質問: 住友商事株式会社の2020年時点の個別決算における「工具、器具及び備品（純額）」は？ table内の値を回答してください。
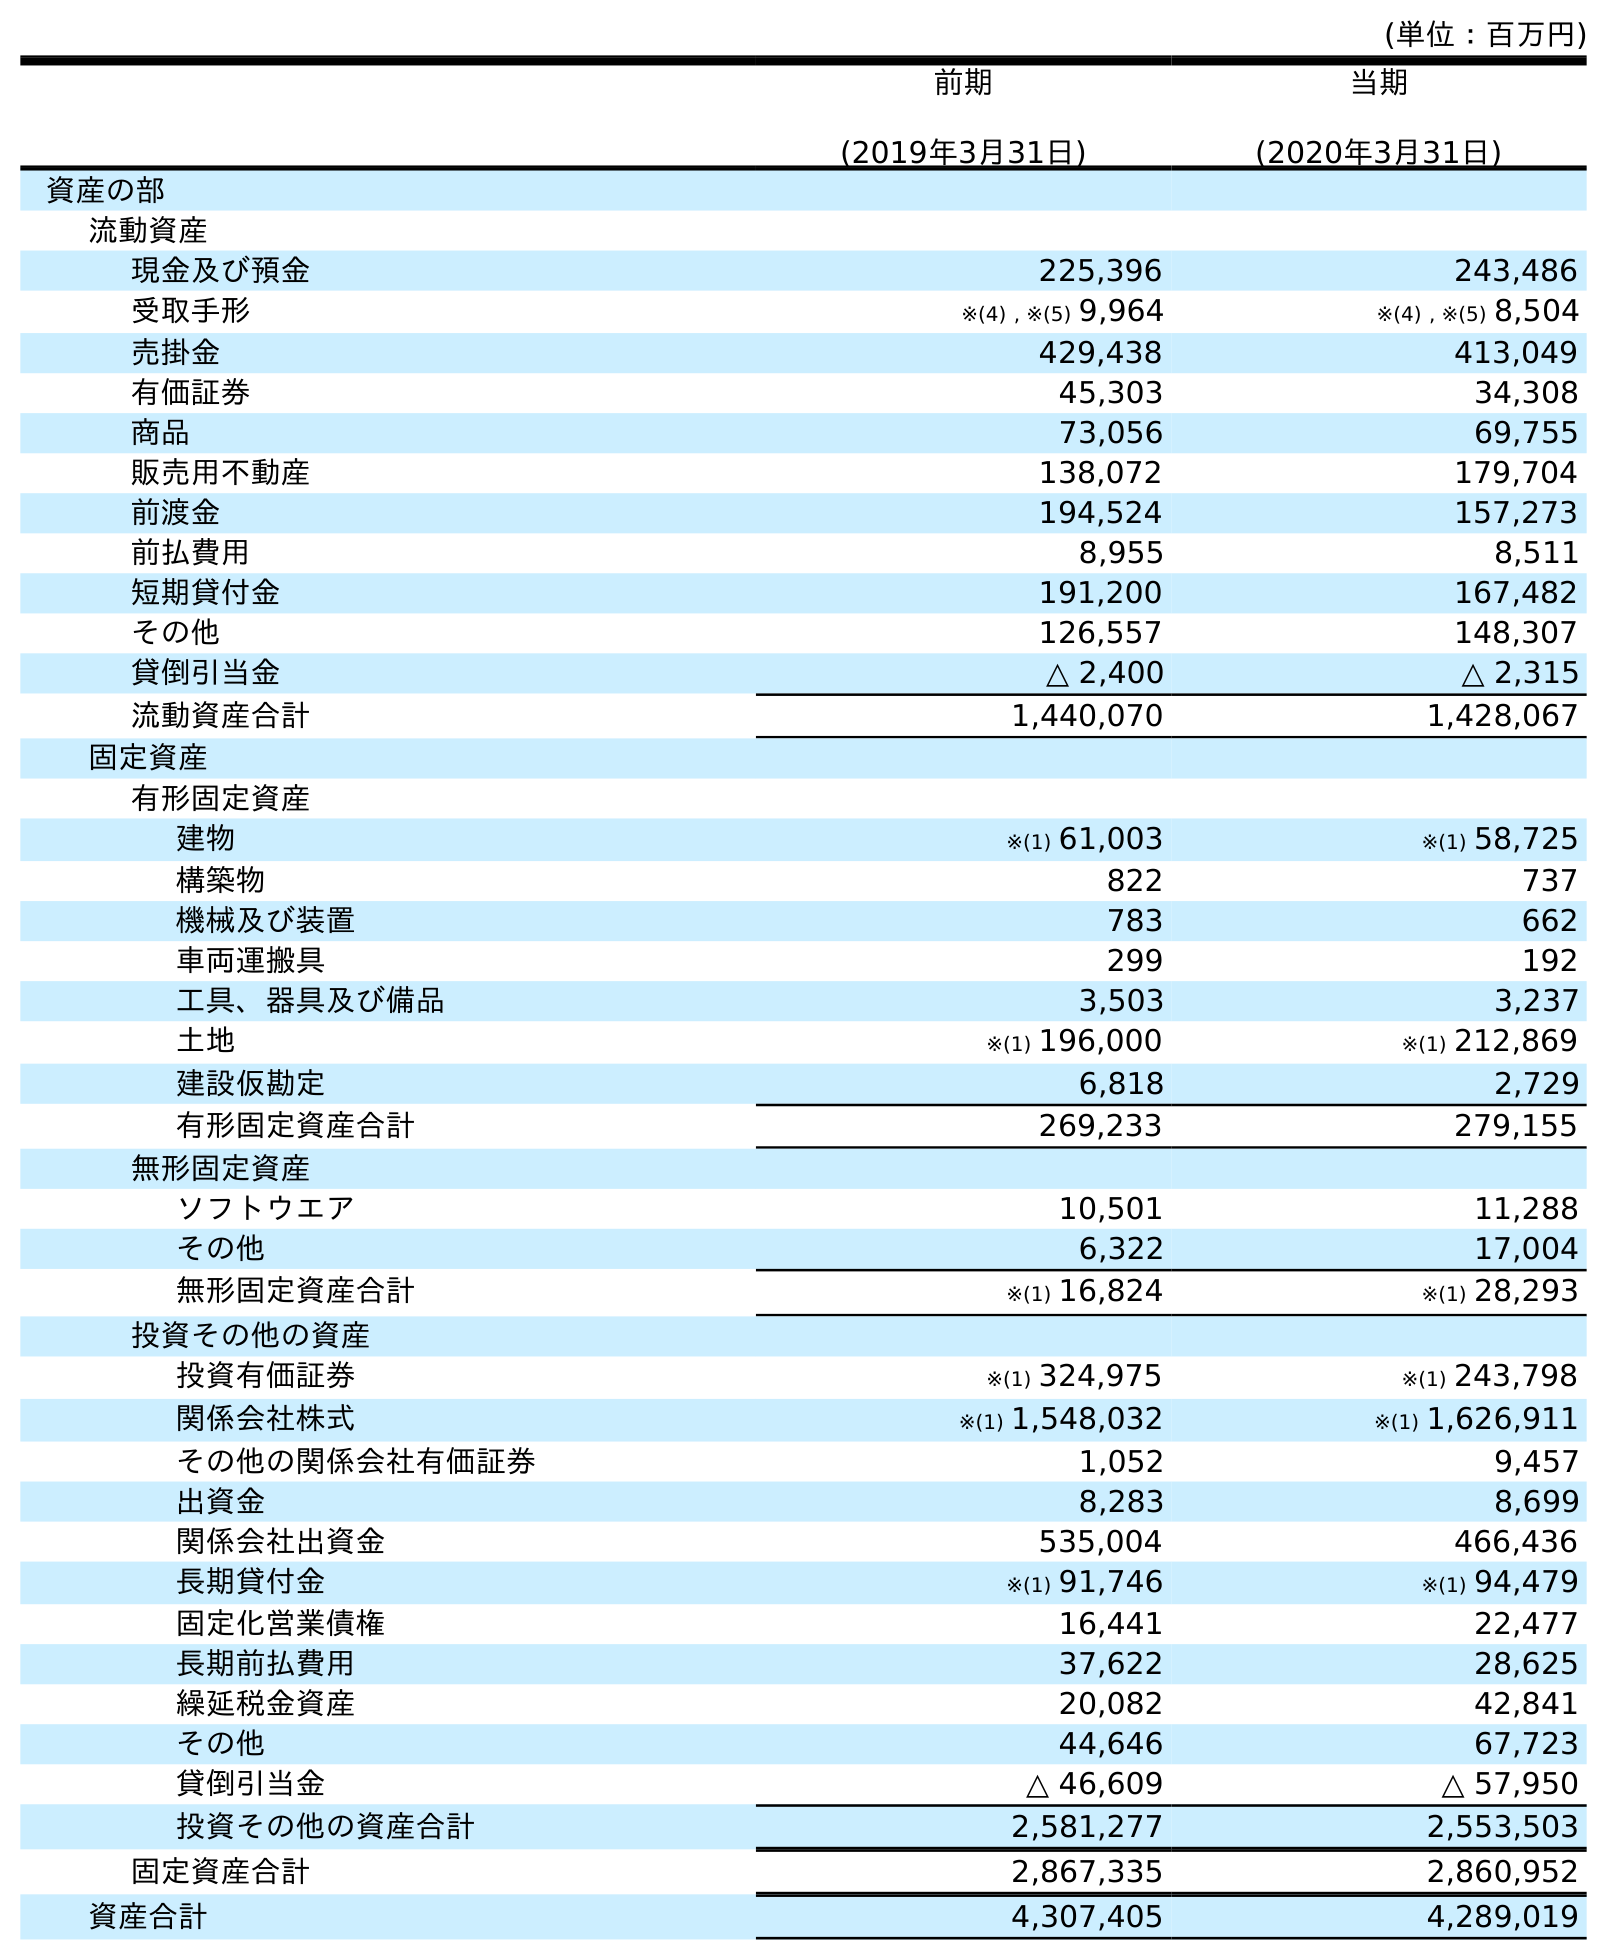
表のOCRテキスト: (単位：百万円) 前期 (2019年3月31日) 当期 (2020年3月31日) 資産の部 流動資産 現金及び預金 225,396 243,486 受取手形 ※(4) , ※(5) 9,964 ※(4) , ※(5) 8,504 売掛金 429,438 413,049 有価証券 45,303 34,308 商品 73,056 69,755 販売用不動産 138,072 179,704 前渡金 194,524 157,273 前払費用 8,955 8,511 短期貸付金 191,200 167,482 その他 126,557 148,307 貸倒引当金 △ 2,400 △ 2,315 流動資産合計 1,440,070 1,428,067 固定資産 有形固定資産 建物 ※(1) 61,003 ※(1) 58,725 構築物 822 737 機械及び装置 783 662 車両運搬具 299 192 工具、器具及び備品 3,503 3,237 土地 ※(1) 196,000 ※(1) 212,869 建設仮勘定 6,818 2,729 有形固定資産合計 269,233 279,155 無形固定資産 ソフトウエア 10,501 11,288 その他 6,322 17,004 無形固定資産合計 ※(1) 16,824 ※(1) 28,293 投資その他の資産 投資有価証券 ※(1) 324,975 ※(1) 243,798 関係会社株式 ※(1) 1,548,032 ※(1) 1,626,911 その他の関係会社有価証券 1,052 9,457 出資金 8,283 8,699 関係会社出資金 535,004 466,436 長期貸付金 ※(1) 91,746 ※(1) 94,479 固定化営業債権 16,441 22,477 長期前払費用 37,622 28,625 繰延税金資産 20,082 42,841 その他 44,646 67,723 貸倒引当金 △ 46,609 △ 57,950 投資その他の資産合計 2,581,277 2,553,503 固定資産合計 2,867,335 2,860,952 資産合計 4,307,405 4,289,019
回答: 3,237